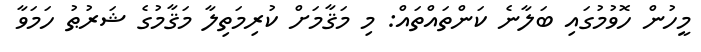
މީހުން ހޮވުމުގައި ބަލާނެ ކަންތައްތައް: މި މަޤާމަށް ކުރިމަތިލާ މަޤާމުގެ ޝަރުޠު ހަމަވާ